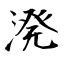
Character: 溌